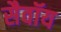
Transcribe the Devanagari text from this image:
सैवॉय